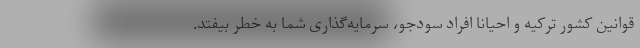
قوانین کشور ترکیه و احیانا افراد سودجو، سرمایه‌گذاری شما به خطر بیفتد.